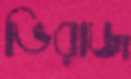
ভিরাজ